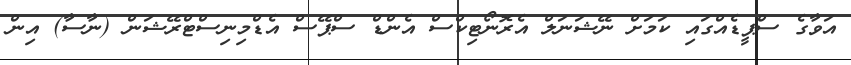
އަވާގެ ސްޕީޑެއްގަައި ކަމަށް ނޭޝަނަލް އެރޮނޯޓިކްސް އެންޑް ސްޕޭސް އެޑްމިނިސްޓްރޭޝަން (ނާސާ) އިން